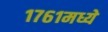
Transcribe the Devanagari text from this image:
१७६१मध्ये